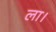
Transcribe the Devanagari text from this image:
ला।